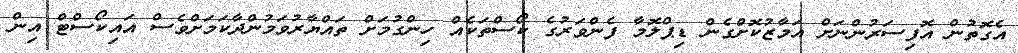
އެގޮތުން އޮފިސަރުންނަށް އަމާޒުކޮށްގެން ޑިޕްލޮމާ ފެންވަރުގެ ކޯސްތަކެއް ހިންގުމަށް ތައްޔާރުވަމުންދާކަމަށްވެސް އައިކޯސްޓް އިން